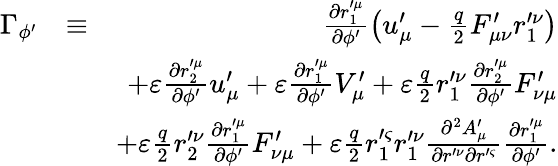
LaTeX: \begin{array}{rlr}{\Gamma_{\phi^{\prime}}}&{\equiv}&{\frac{\partial r_{1}^{\prime\mu}}{\partial\phi^{\prime}}\left(u_{\mu}^{\prime}-\frac{q}{2}F_{\mu\nu}^{\prime}r_{1}^{\prime\nu}\right)}\\ &{}&{+\varepsilon\frac{\partial r_{2}^{\prime\mu}}{\partial\phi^{\prime}}u_{\mu}^{\prime}+\varepsilon\frac{\partial r_{1}^{\prime\mu}}{\partial\phi^{\prime}}V_{\mu}^{\prime}+\varepsilon\frac{q}{2}r_{1}^{\prime\nu}\frac{\partial r_{2}^{\prime\mu}}{\partial\phi^{\prime}}F_{\nu\mu}^{\prime}}\\ &{}&{+\varepsilon\frac{q}{2}r_{2}^{\prime\nu}\frac{\partial r_{1}^{\prime\mu}}{\partial\phi^{\prime}}F_{\nu\mu}^{\prime}+\varepsilon\frac{q}{2}r_{1}^{\prime\varsigma}r_{1}^{\prime\nu}\frac{\partial^{2}A_{\mu}^{\prime}}{\partial r^{\prime\nu}\partial r^{\prime\varsigma}}\frac{\partial r_{1}^{\prime\mu}}{\partial\phi^{\prime}}.}\end{array}